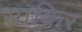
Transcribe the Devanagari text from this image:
साकिर